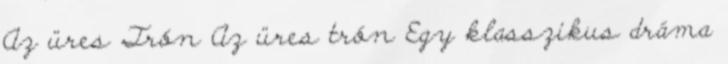
Az üres Trón Az üres trón Egy klasszikus dráma